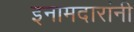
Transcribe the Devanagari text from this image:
इनामदारांनी